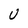
Character: U